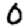
Digit: 0